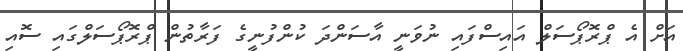
އަށް އެ ޕްރޮޕޯސަލް އައިސްފައި ނުވަނީ އާސަންދަ ކުންފުނީގެ ފަރާތުން ޕްރޮޕޯސަލްގައި ސޮއި